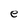
Character: e